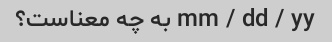
mm / dd / yy به چه معناست؟